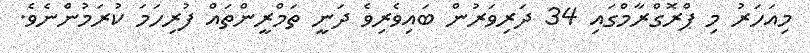
މިއަހަރު މި ޕްރޮގްރާމްގައި 34 ދަރިވަރުން ބައިވެރިވެ ދަނީ ތަމްރީންތައް ފުރިހަމަ ކުރަމުންނެވެ.